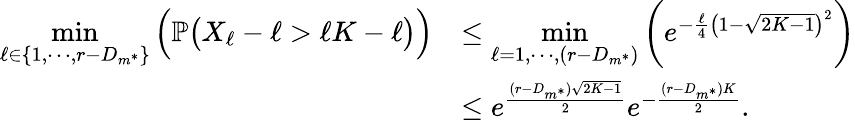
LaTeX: \begin{array}{rl}{\underset{\ell\in\{ 1,\cdots,r-D_{m^{*}}\} }{\operatorname*{min}}\Big(\mathbb{P}\big(X_{\ell}-\ell>\ell K-\ell\big)\Big)}&{\leq\underset{\ell=1,\cdots,(r-D_{m^{*}})}{\operatorname*{min}}\bigg(e^{-\frac{\ell}{4}\big(1-\sqrt{2K-1}\big)^{2}}\bigg)}\\ &{\leq e^{\frac{(r-D_{m^{*}})\sqrt{2K-1}}{2}}e^{-\frac{(r-D_{m^{*}})K}{2}}.}\end{array}